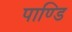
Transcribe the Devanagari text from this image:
पाण्डि